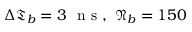
\Delta \mathfrak { T } _ { b } = 3 \ \mathrm { ~ n ~ s ~ } , \ \mathfrak { N } _ { b } = 1 5 0